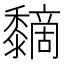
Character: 𪐏